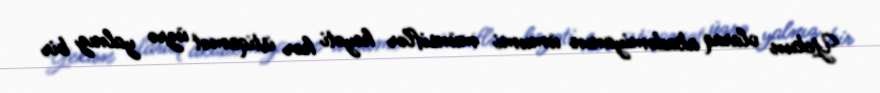
Yekun olaraq akademiyanın ümumi münsiflər heyəti hər istiqamət üzrə yalnız bir